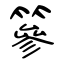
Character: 篸